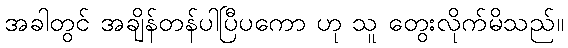
အခါတွင် အချိန်တန်ပါပြီပကော ဟု သူ တွေးလိုက်မိသည်။